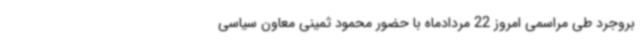
بروجرد طی مراسمی امروز 22 مردادماه با حضور محمود ثمینی معاون سیاسی